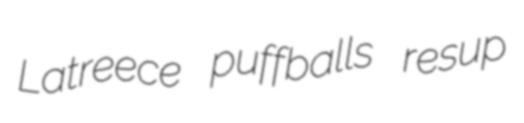
Latreece puffballs resup